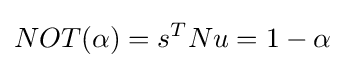
NOT(\alpha )=s^{T}Nu=1-\alpha